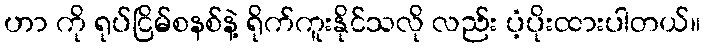
ဟာ ကို ရုပ်ငြိမ်စနစ်နဲ့ ရိုက်ကူးနိုင်သလို လည်း ပံ့ပိုးထားပါတယ်။